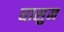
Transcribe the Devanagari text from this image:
घासुन